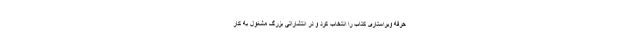
حرفهٔ ویراستاری کتاب را انتخاب کرد و در انتشاراتی بزرگ مشغول به کار